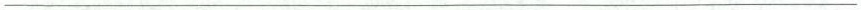
___